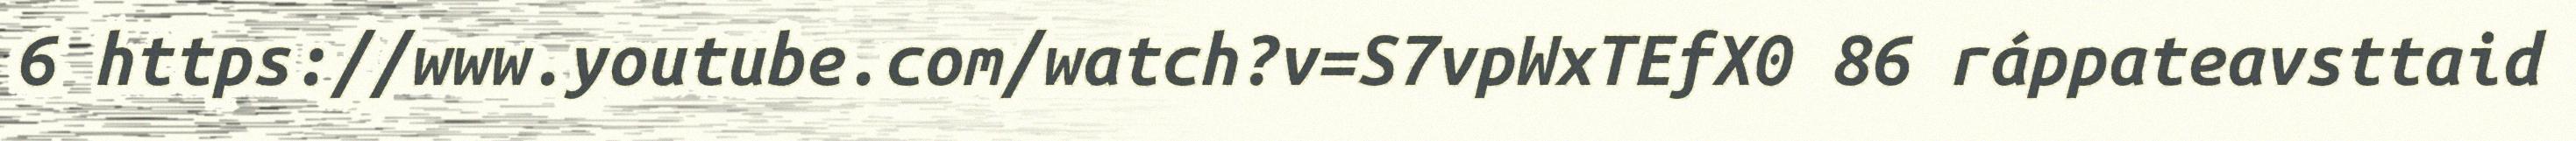
6 https://www.youtube.com/watch?v=S7vpWxTEfX0 86 ráppateavsttaid